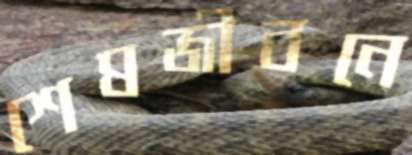
শেষজীবনে